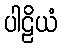
ပါဠိယံ